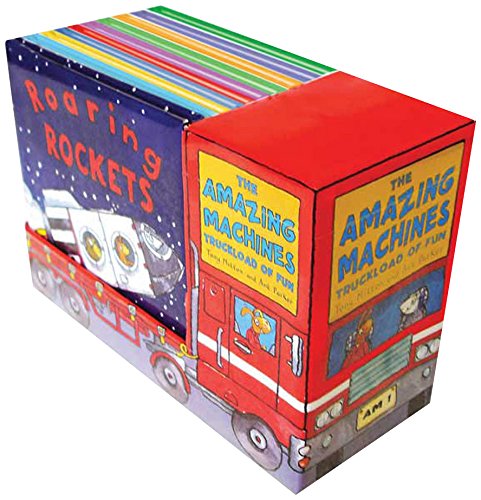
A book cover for Amazing Machines: Truckload of Fun (10-Book Set); Tony Mitton; Children's Books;